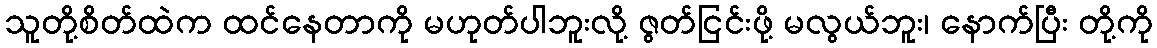
သူတို့စိတ်ထဲက ထင်နေတာကို မဟုတ်ပါဘူးလို့ ဇွတ်ငြင်းဖို့ မလွယ်ဘူး၊ နောက်ပြီး တို့ကို